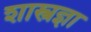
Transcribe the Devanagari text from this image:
शास्त्रज्ञा